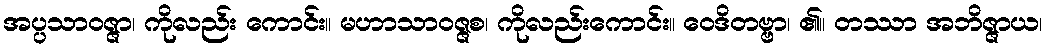
အပ္ပသာဝဇ္ဇာ၊ ကိုလည်း ကောင်း။ မဟာသာဝဇ္ဇစ၊ ကိုလည်းကောင်း။ ဝေဒိတဗ္ဗာ၊ ၏။ တဿာ အဘိဇ္ဇာယ၊